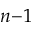
n { - } 1